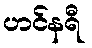
ဟင်နရီ